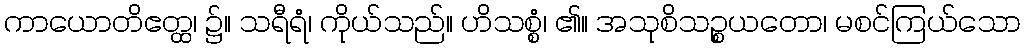
ကာယောတိဧတ္ထ၊ ၌။ သရီရံ၊ ကိုယ်သည်။ ဟိသစ္စံ၊ ၏။ အသုစိသဉ္စယတော၊ မစင်ကြယ်သော